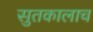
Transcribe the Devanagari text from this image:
सुतकालाच